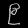
Digit: ၉